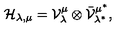
\mathcal { H } _ { \lambda , \mu } = \mathcal { V } _ { \lambda } ^ { \mu } \otimes \bar { \mathcal { V } } _ { \lambda ^ { * } } ^ { \mu ^ { * } } ,